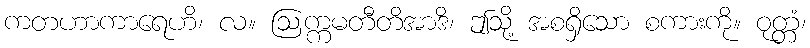
ကတဟာကာရေဟိ၊ လ။ ဩက္ကမတီတိအာဒိ၊ ဤသို့ အစရှိသော စကားကို။ ဝုတ္တံ၊